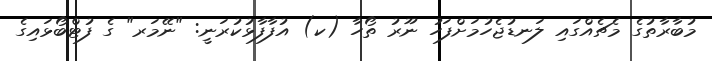
މުބާރާތުގެ މެޗެއްގައި ލަނޑުޖެހުމަށްފަހު ނޫރު ތޯހާ (ކ) އުފާފާޅުކުރަނީ: "ނޭމަރ" ގެ ފުޓްބޯޅައިގެ